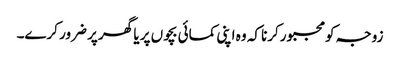
زوجہ کومجبورکرنا کہ وہ اپنی کمائی بچوں پر یا گھر پر ضرور کرے۔